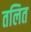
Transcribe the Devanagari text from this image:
तलित